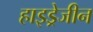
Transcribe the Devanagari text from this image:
हाइड्रेजीन